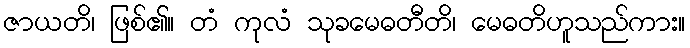
ဇာယတိ၊ ဖြစ်၏။ တံ ကုလံ သုခမေဓတီတိ၊ မေဓတိဟူသည်ကား။